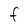
Character: F